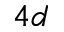
4 d